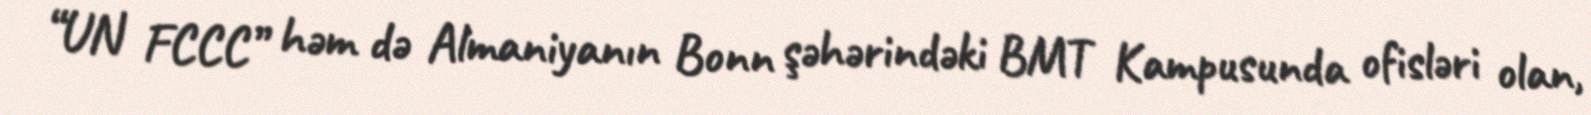
“UN FCCC” həm də Almaniyanın Bonn şəhərindəki BMT Kampusunda ofisləri olan,